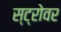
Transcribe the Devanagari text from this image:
स्ट्रोवर